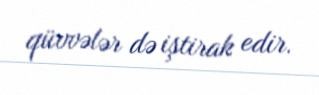
qüvvələr də iştirak edir.